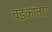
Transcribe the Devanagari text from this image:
वडकांतरा